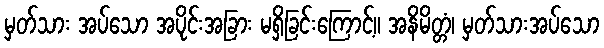
မှတ်သား အပ်သော အပိုင်းအခြား မရှိခြင်းကြောင့်။ အနိမိတ္တံ၊ မှတ်သားအပ်သော